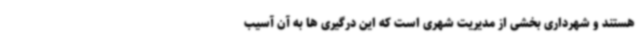
هستند و شهرداری بخشی از مدیریت شهری است که این درگیری ها به آن آسیب